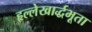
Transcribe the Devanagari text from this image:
हृल्लेखार्द्धभूता